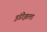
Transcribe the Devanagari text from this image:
इंडीझला